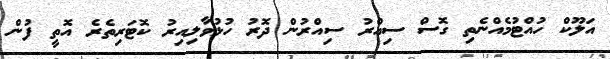
އަލޫކް ހުއްޓުމެއްނެތި ގޮސް ސިއްރު ސިއްރުން ދޮރު ހުޅުވާލިއިރު ކޮޓަރިތެރެ އޮތީ ފުން